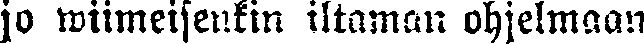
jo wiimeisenkin iltaman ohjelmaan